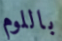
باللوم